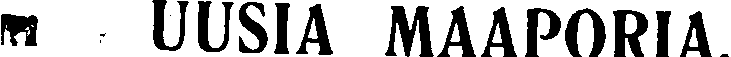
m UUSIA MAAPORIA.